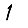
Digit: 1